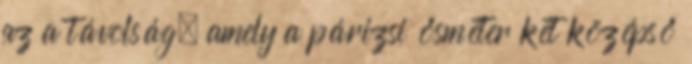
az a távolság, amely a párizsi ősméter két középső